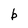
Character: b